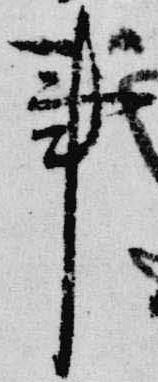
事